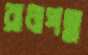
রাধাপদ্ম